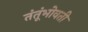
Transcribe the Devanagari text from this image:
तंतूंभोवती